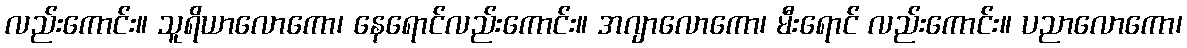
လည်းကောင်း။ သူရိယာလောကော၊ နေရောင်လည်းကောင်း။ အဂျာလောကော၊ မီးရောင် လည်းကောင်း။ ပညာလောကော၊